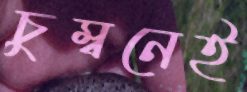
চুম্বনেই